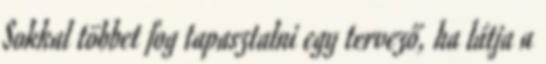
Sokkal többet fog tapasztalni egy tervező, ha látja a